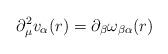
LaTeX: \begin{align*}\partial_{\mu}^2 v_{\alpha}(r) = \partial_{\beta} \omega_{\beta\alpha}(r)\end{align*}